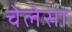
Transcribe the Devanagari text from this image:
चेलेसा